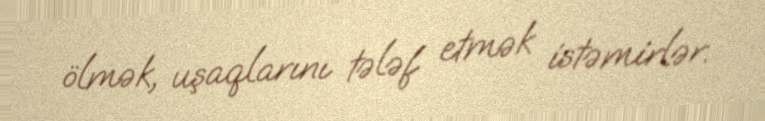
ölmək, uşaqlarını tələf etmək istəmirlər.